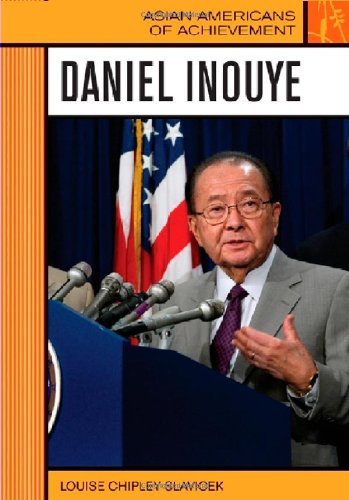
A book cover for Daniel Inouye (Asian Americans of Achievement); Louise Chipley Slavicek; Teen & Young Adult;